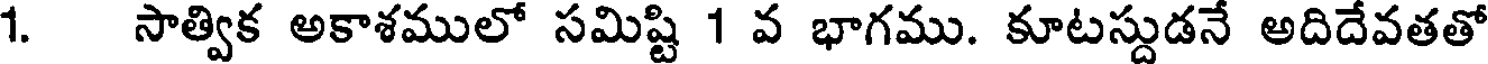
1. సాత్విక అకాశములో సమిష్టి 1 వ భాగము. కూటస్దుడనే అదిదేవతతో